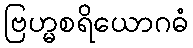
ဗြဟ္မစရိယောဂဓံ